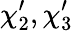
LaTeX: \chi_{2}^{\prime},\chi_{3}^{\prime}